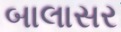
બાલાસર